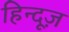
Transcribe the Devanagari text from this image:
हिन्दूज़